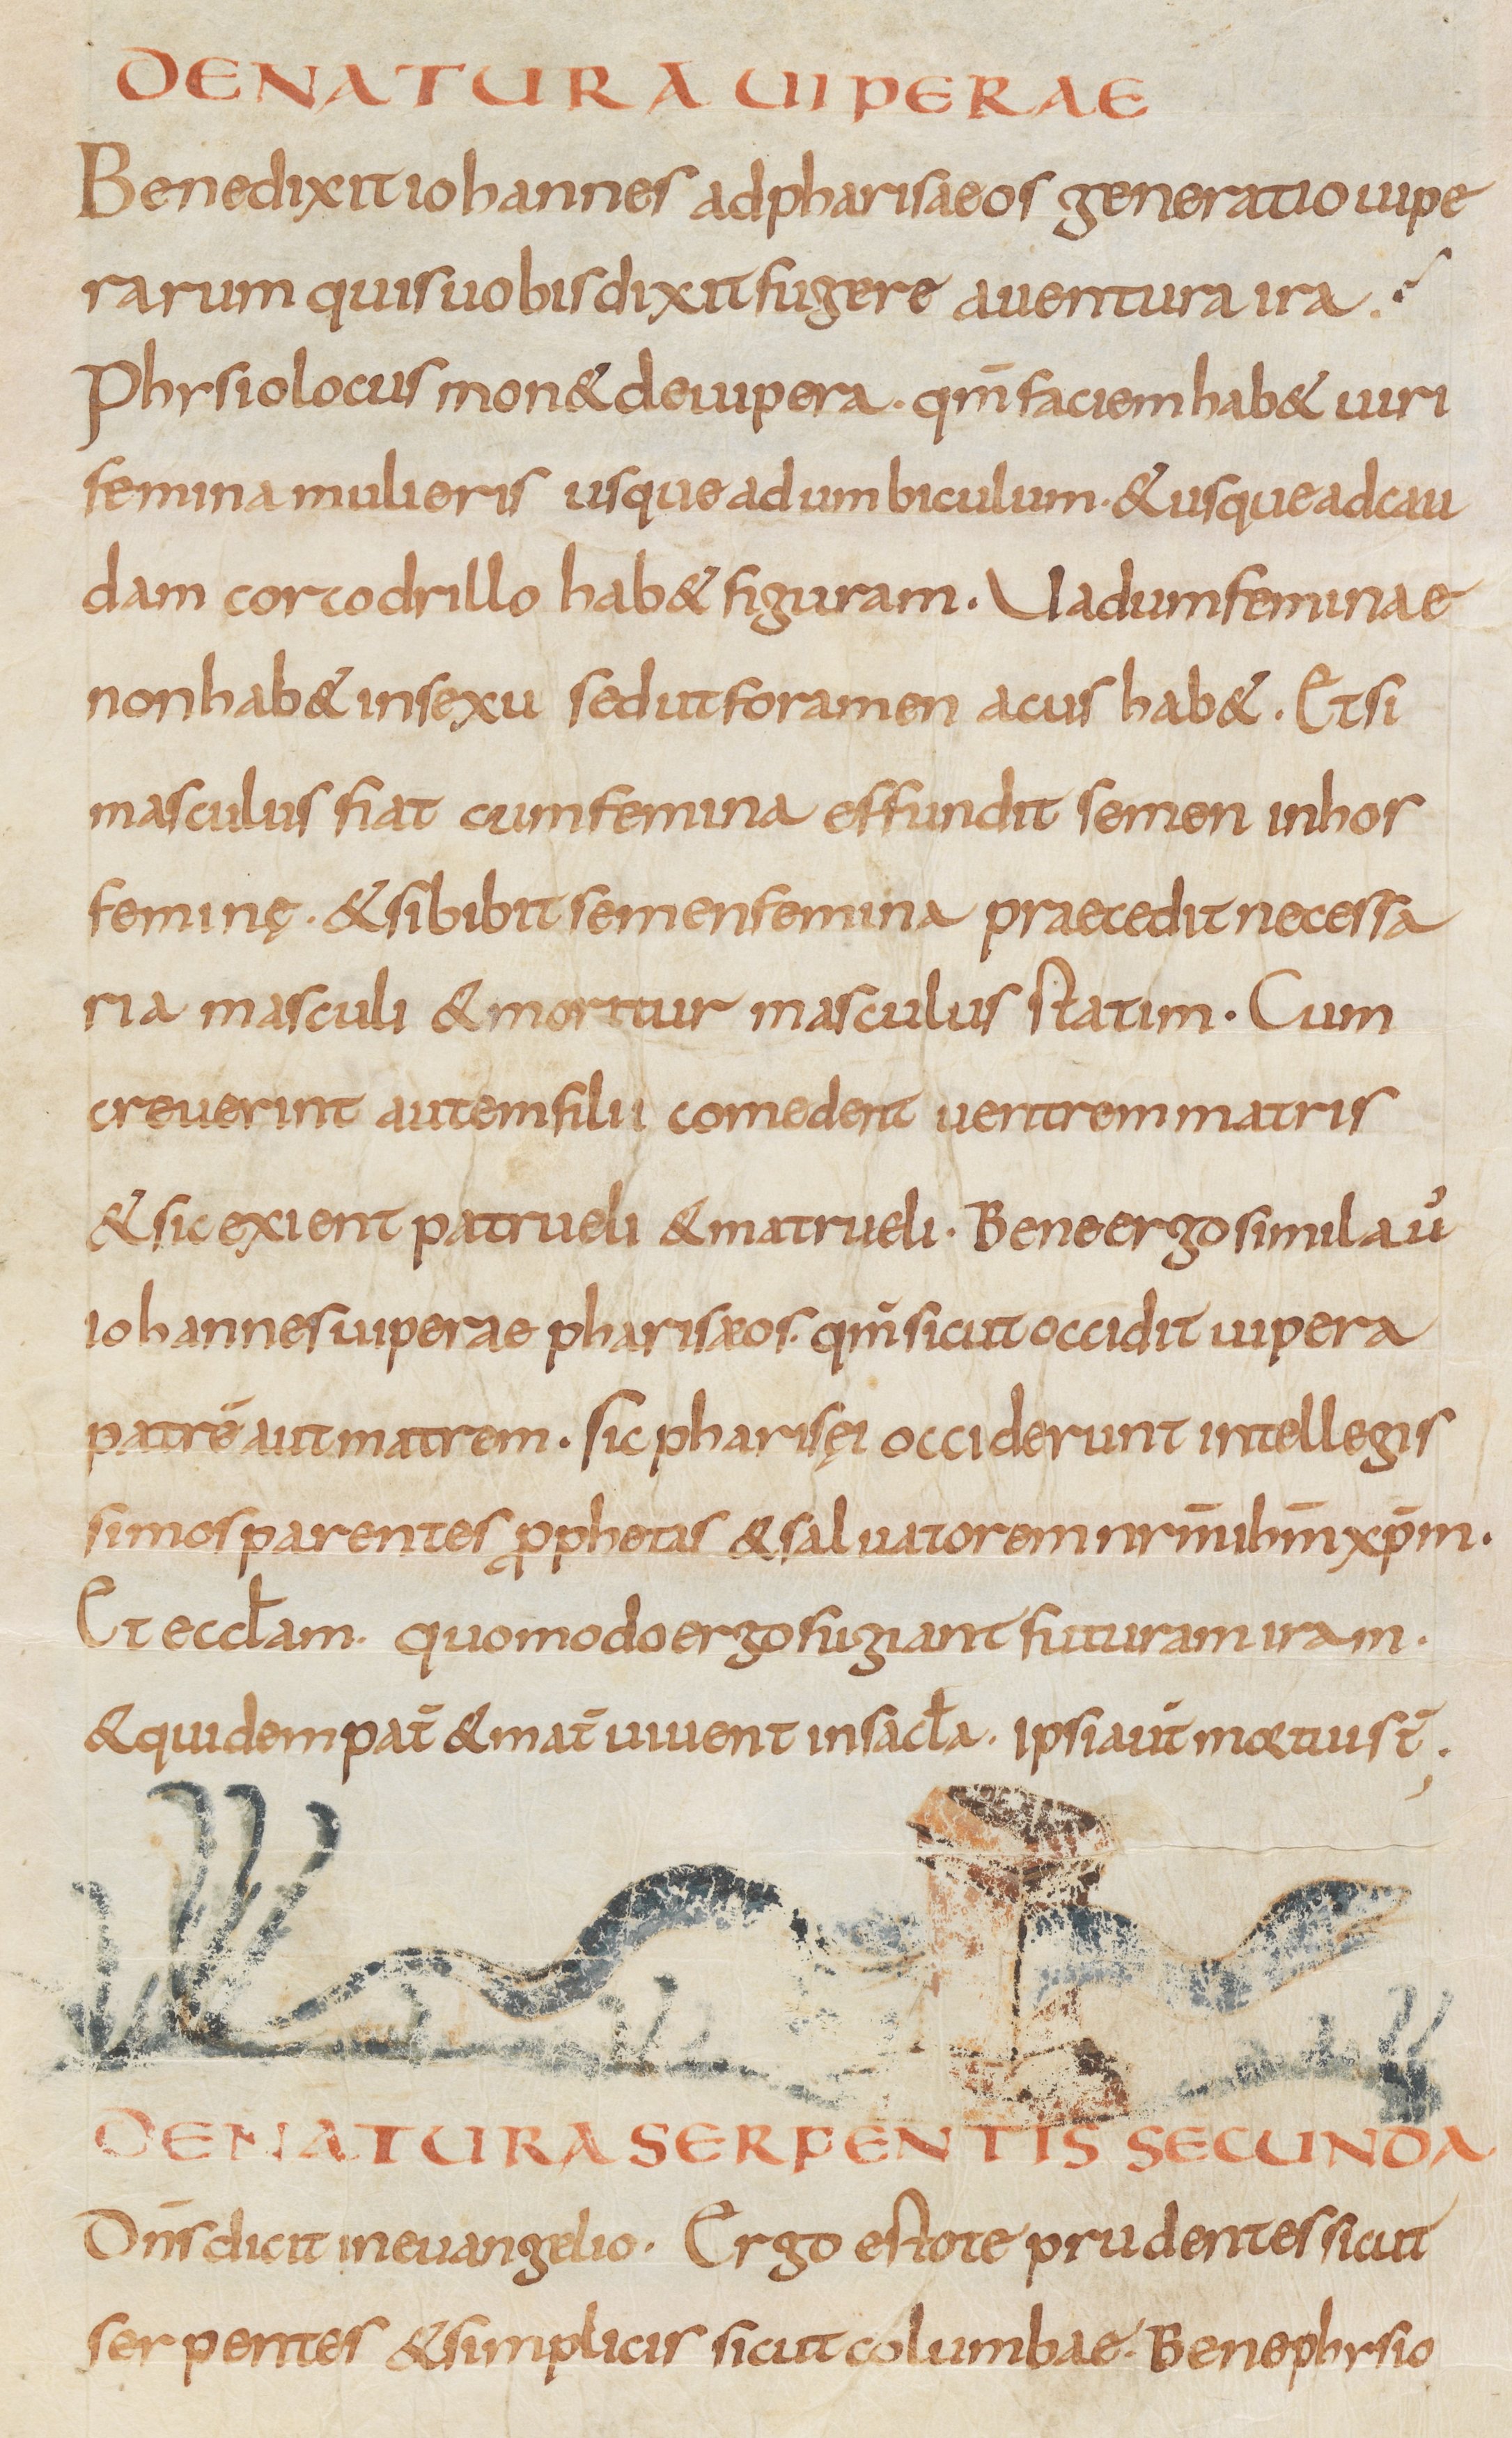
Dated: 815–845